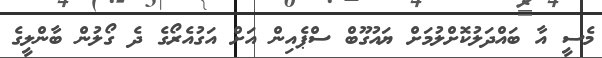
މެސީ އާ ބައްދަލުކޮށްލުމަށް ޔައުގޫބް ސްޕެއިން އަށް އަގުއެރޯގެ ދެ ގޯލުން ބާންލީގެ